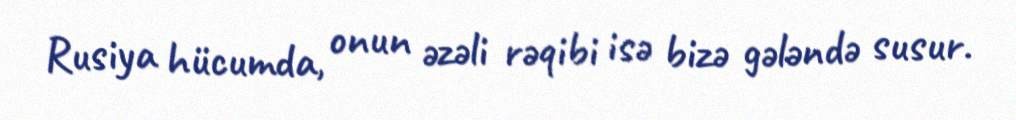
Rusiya hücumda, onun əzəli rəqibi isə bizə gələndə susur.